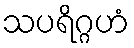
သပရိဂ္ဂဟံ